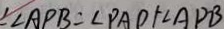
\angle A P B = \angle P A D + \angle A P B